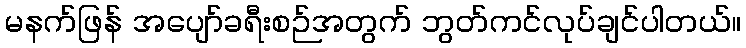
မနက်ဖြန် အပျော်ခရီးစဉ်အတွက် ဘွတ်ကင်လုပ်ချင်ပါတယ်။